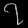
Digit: ၇